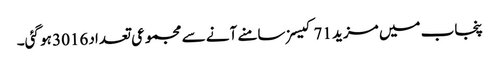
پنجاب میں مزید 71 کیسزسامنے آنے سے مجموعی تعداد 3016 ہو گئی۔